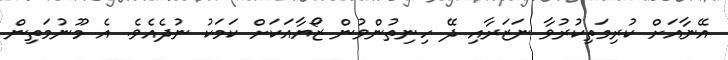
އޭނާއަށް ކުރިމަތިކުރުވާ ނަޒަރާއި ދޭ ހިނިތުންވުން ޒޯޔާއަކަށް ކަމަކު ނުދެއެވެ. އެ މޫނުމަތިން